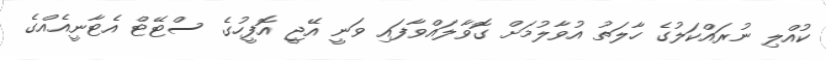
ކުއްލި ނުރައްކަލުގެ ހާލަތު އުވާލުމަށް ގޮވާލައްވާފައި ވަނީ އޭޖީ އޮފީހުގެ ސްޓޭޓް އެޓާނީއެއްގެ